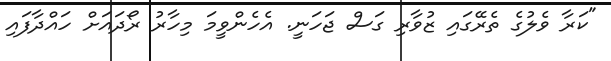
"ކަރާ ވެލުގެ ތެރޭގައި ޒުވާރި ގަސް ޖަހަނީ. އެހެންވީމަ މިހާރު ރޯދައަށް ހައްދާފައި